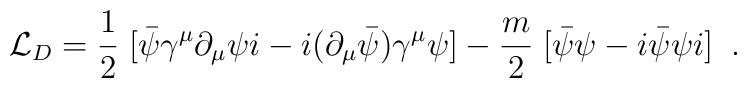
{\cal L}_{D}=\frac{1}{2} \; [\bar{\psi}\gamma^{\mu}\partial_{\mu}\psi i - i(\partial_{\mu}\bar{\psi})\gamma^{\mu}\psi]-\frac{m}{2} \; [\bar{\psi} \psi-i\bar{\psi} \psi i] \; \; .